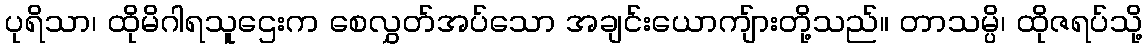
ပုရိသာ၊ ထိုမိဂါရသူဌေးက စေလွှတ်အပ်သော အချင်းယောကျ်ားတို့သည်။ တာသမ္ပိ၊ ထိုဇရပ်သို့